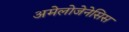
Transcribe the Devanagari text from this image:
अमेलोजेनेसिस